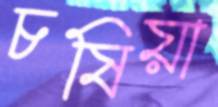
চষিয়া